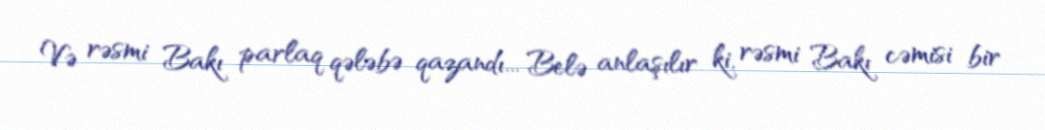
Və rəsmi Bakı parlaq qələbə qazandı... Belə anlaşılır ki, rəsmi Bakı cəmisi bir